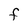
Character: F